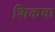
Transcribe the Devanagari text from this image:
शिकवा